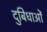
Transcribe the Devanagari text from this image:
दुबिधाओं